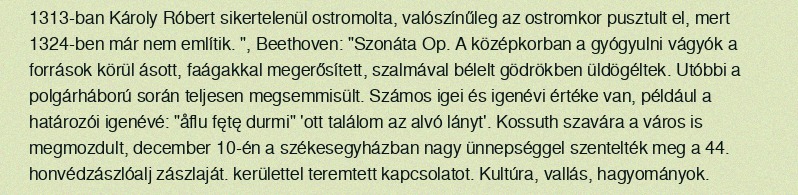
1313-ban Károly Róbert sikertelenül ostromolta, valószínűleg az ostromkor pusztult el, mert 1324-ben már nem említik. ", Beethoven: "Szonáta Op. A középkorban a gyógyulni vágyók a források körül ásott, faágakkal megerősített, szalmával bélelt gödrökben üldögéltek. Utóbbi a polgárháború során teljesen megsemmisült. Számos igei és igenévi értéke van, például a határozói igenévé: "åflu fętę durmi" 'ott találom az alvó lányt'. Kossuth szavára a város is megmozdult, december 10-én a székesegyházban nagy ünnepséggel szentelték meg a 44. honvédzászlóalj zászlaját. kerülettel teremtett kapcsolatot. Kultúra, vallás, hagyományok.